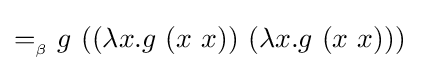
=_{_{\beta }}g\ ((\lambda x.g\ (x\ x))\ (\lambda x.g\ (x\ x)))\